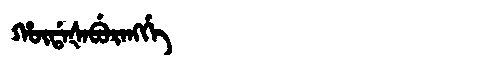
Manchu: ᡥᡡᡩᠠᡧᠠᠪᡠᡵᠠᠩᡤᡝ
Romanization: HŪDAŠABURANGGE